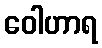
ဝေါဟာရ